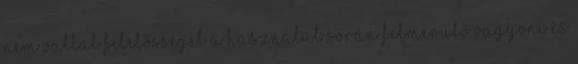
nem vállal felelősséget a használat során felmerülő vagyoni és